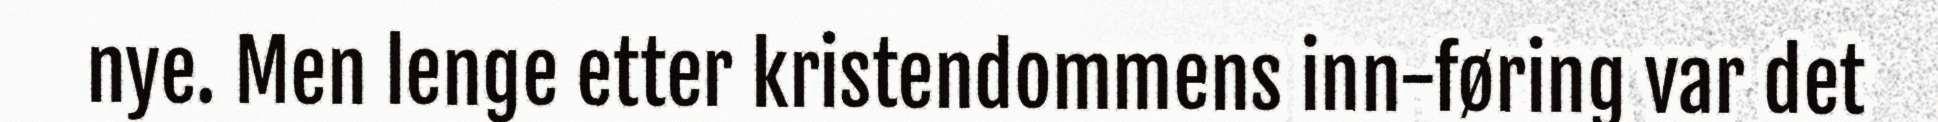
nye. Men lenge etter kristendommens inn-føring var det